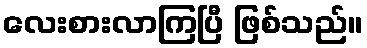
လေးစားလာကြပြီ ဖြစ်သည်။